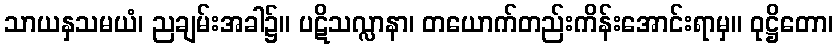
သာယနှသမယံ၊ ညချမ်းအခါ၌။ ပဋိသလ္လာနာ၊ တယောက်တည်းကိန်းအောင်းရာမှ။ ဝုဋ္ဌိတော၊